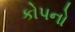
કોપનો